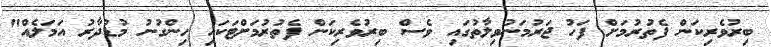
ބިރުވެރިކަން ފެތުރުމަށް ފަހު ޖަރުމަނުވިލާތުގައި ވެސް ބިރުވެރިކަން ފެތުރުމަށްޓަކައި ހިންގުނު މުޑުދާރު އަމަލެއް"